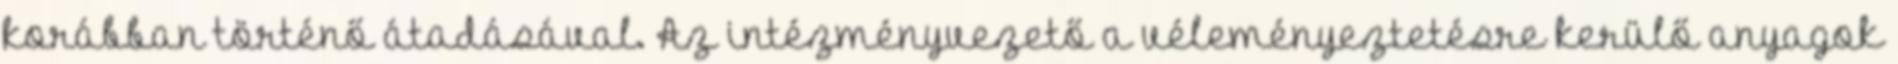
korábban történő átadásával. Az intézményvezető a véleményeztetésre kerülő anyagok